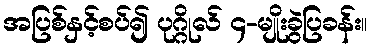
အပြစ်နှင့်စပ်၍ ပုဂ္ဂိုလ် ၄-မျိုးခွဲပြခန်း။